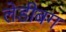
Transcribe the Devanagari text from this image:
लेडीबग